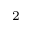
_ 2